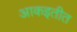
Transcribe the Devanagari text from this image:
आकइतीत